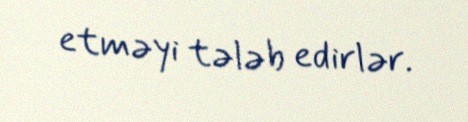
etməyi tələb edirlər.